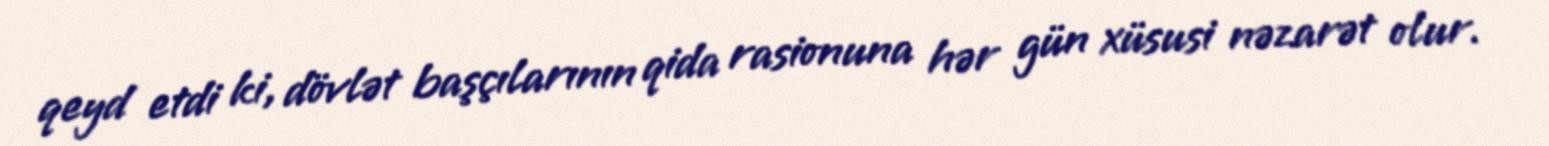
qeyd etdi ki, dövlət başçılarının qida rasionuna hər gün xüsusi nəzarət olur.